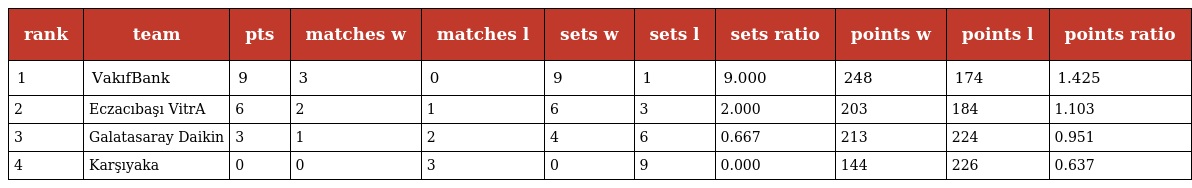
| rank | team | pts | matches w | matches l | sets w | sets l | sets ratio | points w | points l | points ratio |
 | --- | --- | --- | --- | --- | --- | --- | --- | --- | --- | --- |
 | 1 | VakıfBank | 9 | 3 | 0 | 9 | 1 | 9.000 | 248 | 174 | 1.425 |
 | 2 | Eczacıbaşı VitrA | 6 | 2 | 1 | 6 | 3 | 2.000 | 203 | 184 | 1.103 |
 | 3 | Galatasaray Daikin | 3 | 1 | 2 | 4 | 6 | 0.667 | 213 | 224 | 0.951 |
 | 4 | Karşıyaka | 0 | 0 | 3 | 0 | 9 | 0.000 | 144 | 226 | 0.637 |